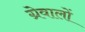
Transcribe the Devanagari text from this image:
ग्रेवालों